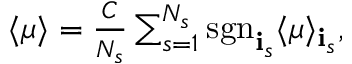
\begin{array} { r } { \langle \mu \rangle = \frac { C } { N _ { s } } \sum _ { s = 1 } ^ { N _ { s } } \mathrm { s g n } _ { { \mathbf i } _ { s } } \langle \mu \rangle _ { { \mathbf i } _ { s } } , } \end{array}